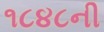
૧૮૪૮ની